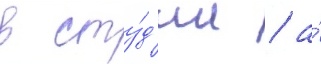
в сту́д'ии / а́